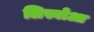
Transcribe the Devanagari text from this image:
लिस्बोआ